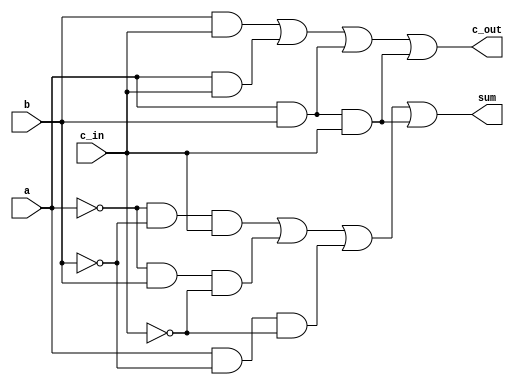
`timescale 1ns / 1ps
//////////////////////////////////////////////////////////////////////////////////
// Company: 
// Engineer: 
// 
// Design Name: 
// Module Name:    FullAdder 
// Project Name: 
// Target Devices: 
// Tool versions: 
// Description: 
//
// Dependencies: 
//
// Revision: 
// Revision 0.01 - File Created
// Additional Comments: 
//
//////////////////////////////////////////////////////////////////////////////////
module FullAdder(c_out, sum, a, b, c_in);
input		a, b, c_in;
output	c_out, sum;
wire not_a, not_b, not_cin, and1_out, and2_out, and3_out;
wire and4_out,and5_out,and6_out,and7_out, and8_out;

not not1(not_a, a);
not not2(not_b,b);
not not3(not_cin,c_in);

//sum output
and and1(and1_out, not_a, not_b, c_in);
and and2(and2_out, not_a, b, not_cin);
and and3(and3_out, a, not_b, not_cin);
and and4(and4_out, a,b,c_in);
or or1(sum, and1_out, and2_out, and3_out, and4_out);

// carryout
and and5(and5_out, b,c_in);
and and6(and6_out, a,c_in);
and and7(and7_out, a,b);
and and8(and8_out, a, b, c_in);
or or2(c_out, and5_out, and6_out, and7_out, and8_out);

endmodule